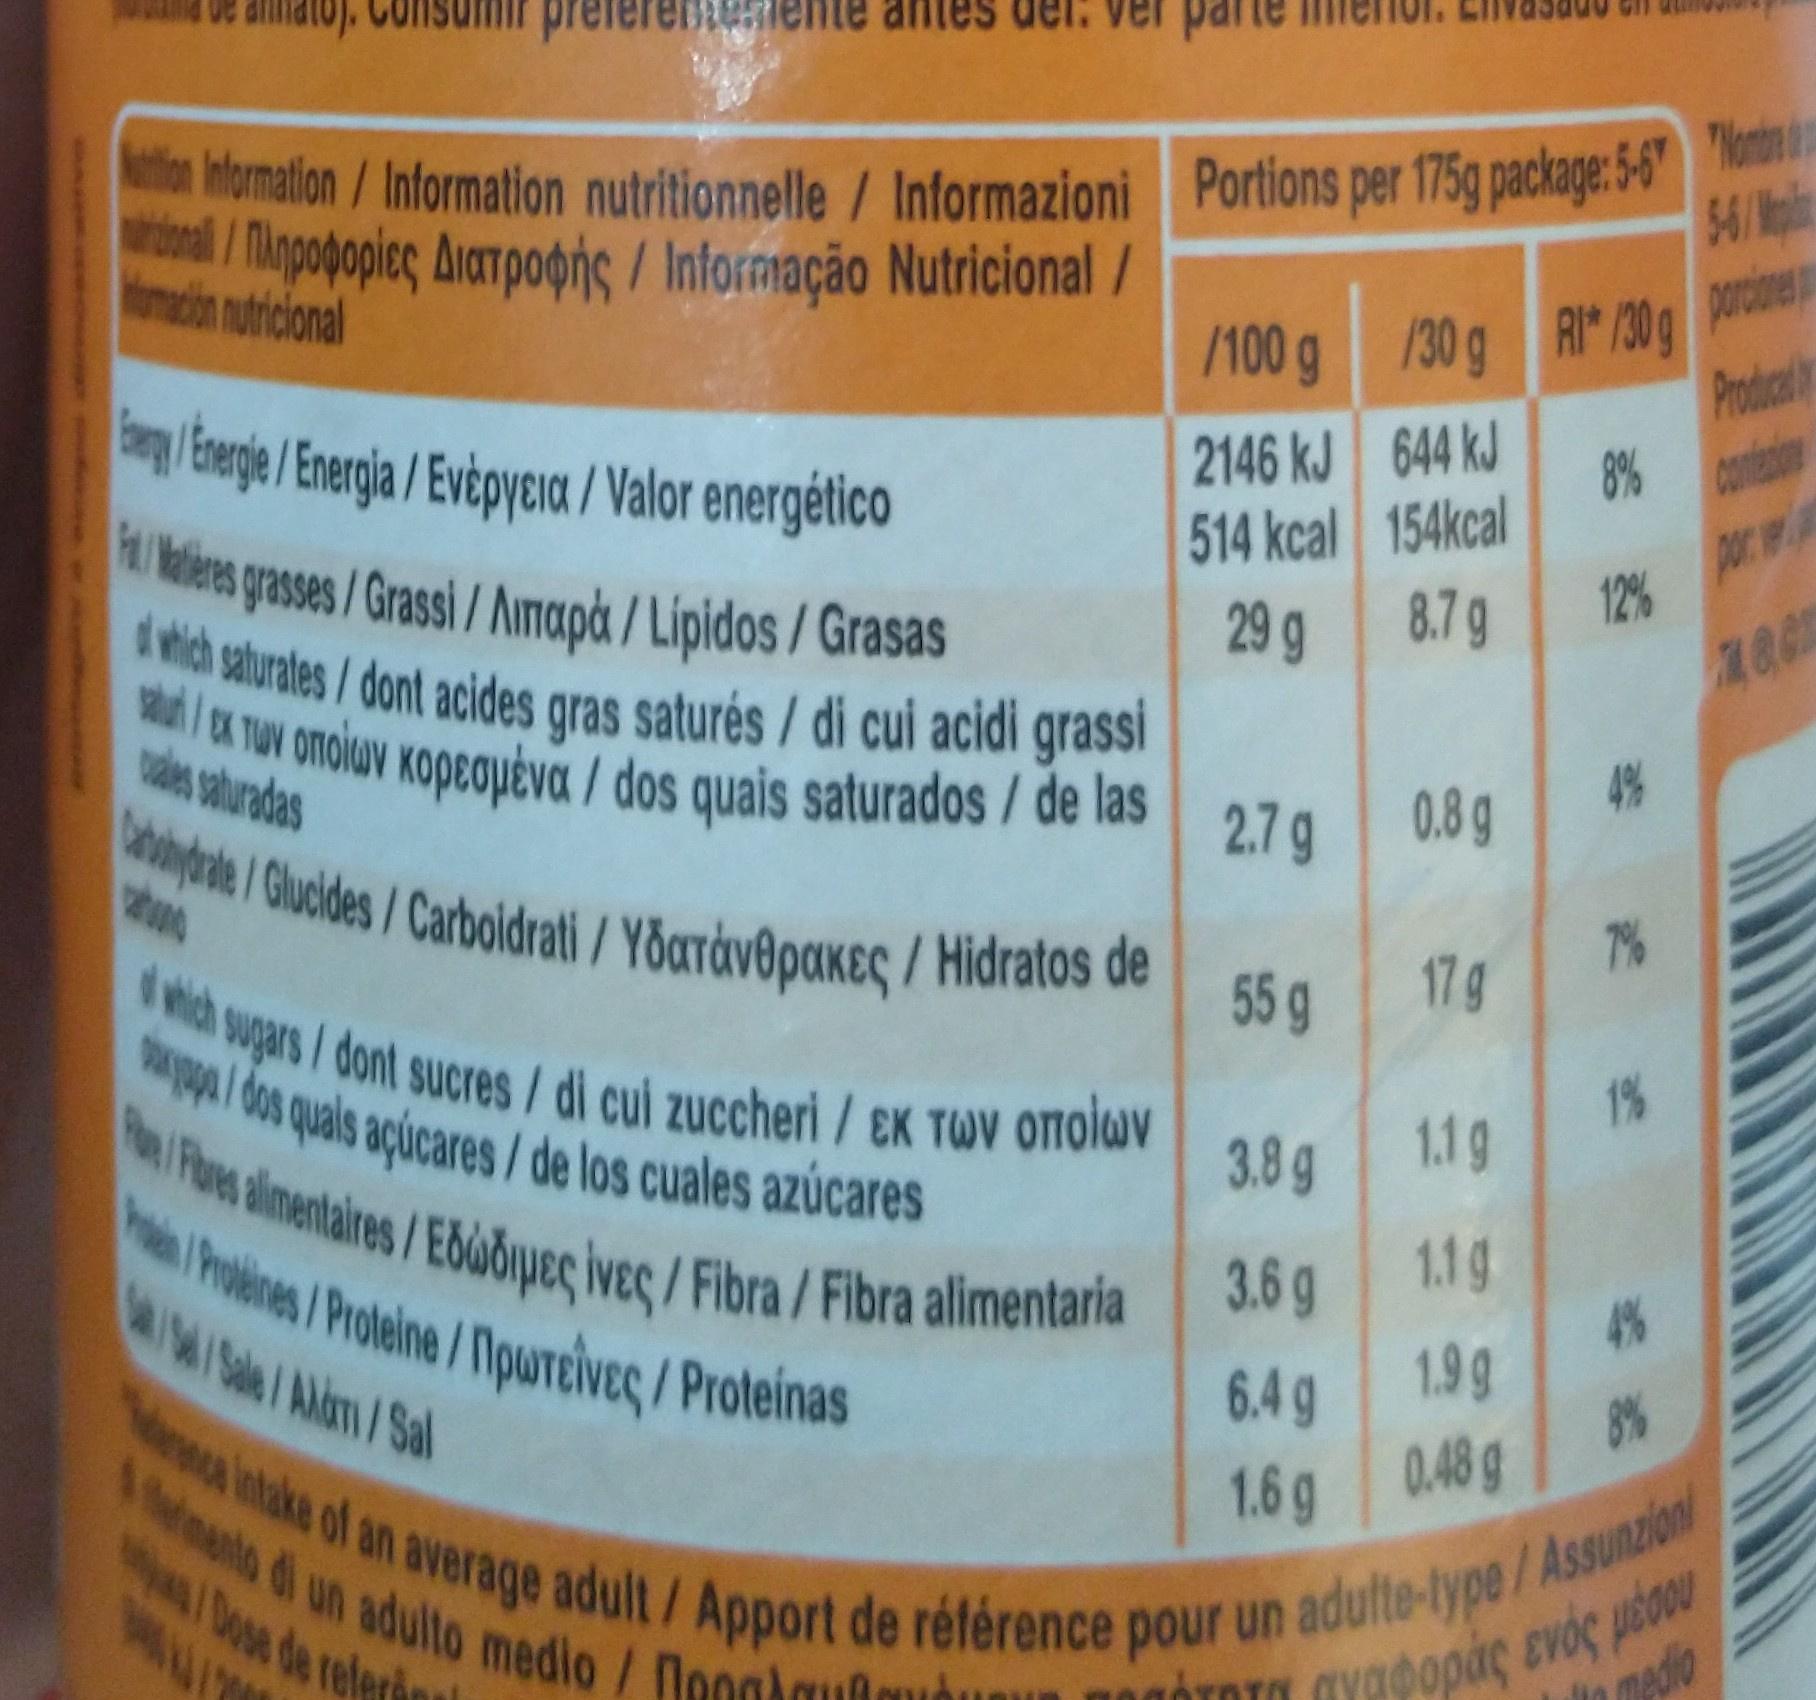
preferente
er parte
Debingole /Gludes/Carboidrati / Yoaráv8pakeç / Hidratos de hProlines /Poeine /TipuUTeiveç/Proteinas
Ne itake of an average adult/Apport de rétérence pour un adufte-type/Assunzion eh sugars/dont sucres/ di cui zuccheri/EK TWV Oolav
1anto di un adulto medio / Nooglaufe
Fures lmentalres/Ebooipeç İveç / Fibra / Fibra alimentaria
a /ox TUN onoluv Kopequéva / dos quais saturados/ de las
dwich saturates/dont acides gras saturés/ di cui acidi grassi
ton Itormation/Information nutritionnelle / Informazioni
Portions per 175g package:56" 54/ pl
μΠiρφoρίς Διπροφής / Intormαgao Nutricional / omecin nuticional
porcione
/100 g /30g RI /30 g Producly
/Eege/Energla/Evipyeia / Valor energético
2146 kJ 644 kJ
8% cont
kies gases/Grassi/Amapå / Lípidos / Grasas
514 kcal 154kcal por w 12%
29 g 8.7g
or onoluy Kopeayéva / dos quais saturados/ de las vales aturadas
2.7g
0.8g
7% 17g
55 g
al dos quals açúcares/ de los cuales azúcares
1% 1.19
hoenes / Proteine /loUTEiVec/Proteinas //Sale/Alim/Sal
s alimentalres/Eboiðue lysc/Fibra / Fibra alimentaria
3.8g
1.1g 4% 1.9g 8%
3.6g
6.4g 0.48 g
medio